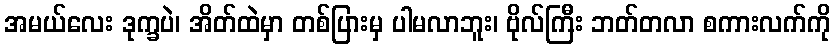
အမယ်လေး ဒုက္ခပဲ၊ အိတ်ထဲမှာ တစ်ပြားမှ ပါမလာဘူး၊ ဗိုလ်ကြီး ဘတ်တလာ စကားလက်ကို